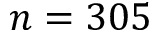
n = 3 0 5